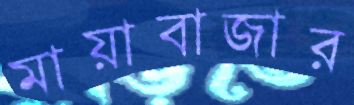
মায়াবাজার